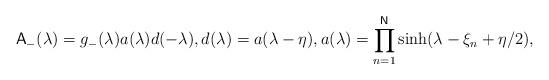
LaTeX: \begin{align*}\mathsf{A}_{-}(\lambda )=g_{-}(\lambda )a(\lambda )d(-\lambda ),d(\lambda )=a(\lambda -\eta ),a(\lambda )=\prod_{n=1}^{\mathsf{N}}\sinh (\lambda -\xi _{n}+\eta /2), \end{align*}